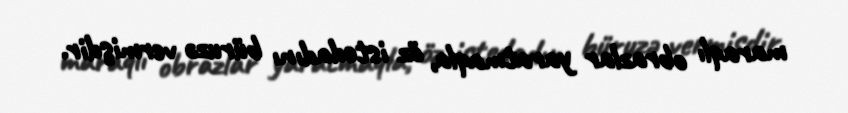
maraqlı obrazlar yaratmaqla, öz istedadını büruzə vermişdir.